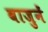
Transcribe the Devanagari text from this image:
बाजुनें